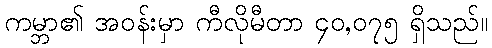
ကမ္ဘာ၏ အဝန်းမှာ ကီလိုမီတာ ၄၀,၀၇၅ ရှိသည်။